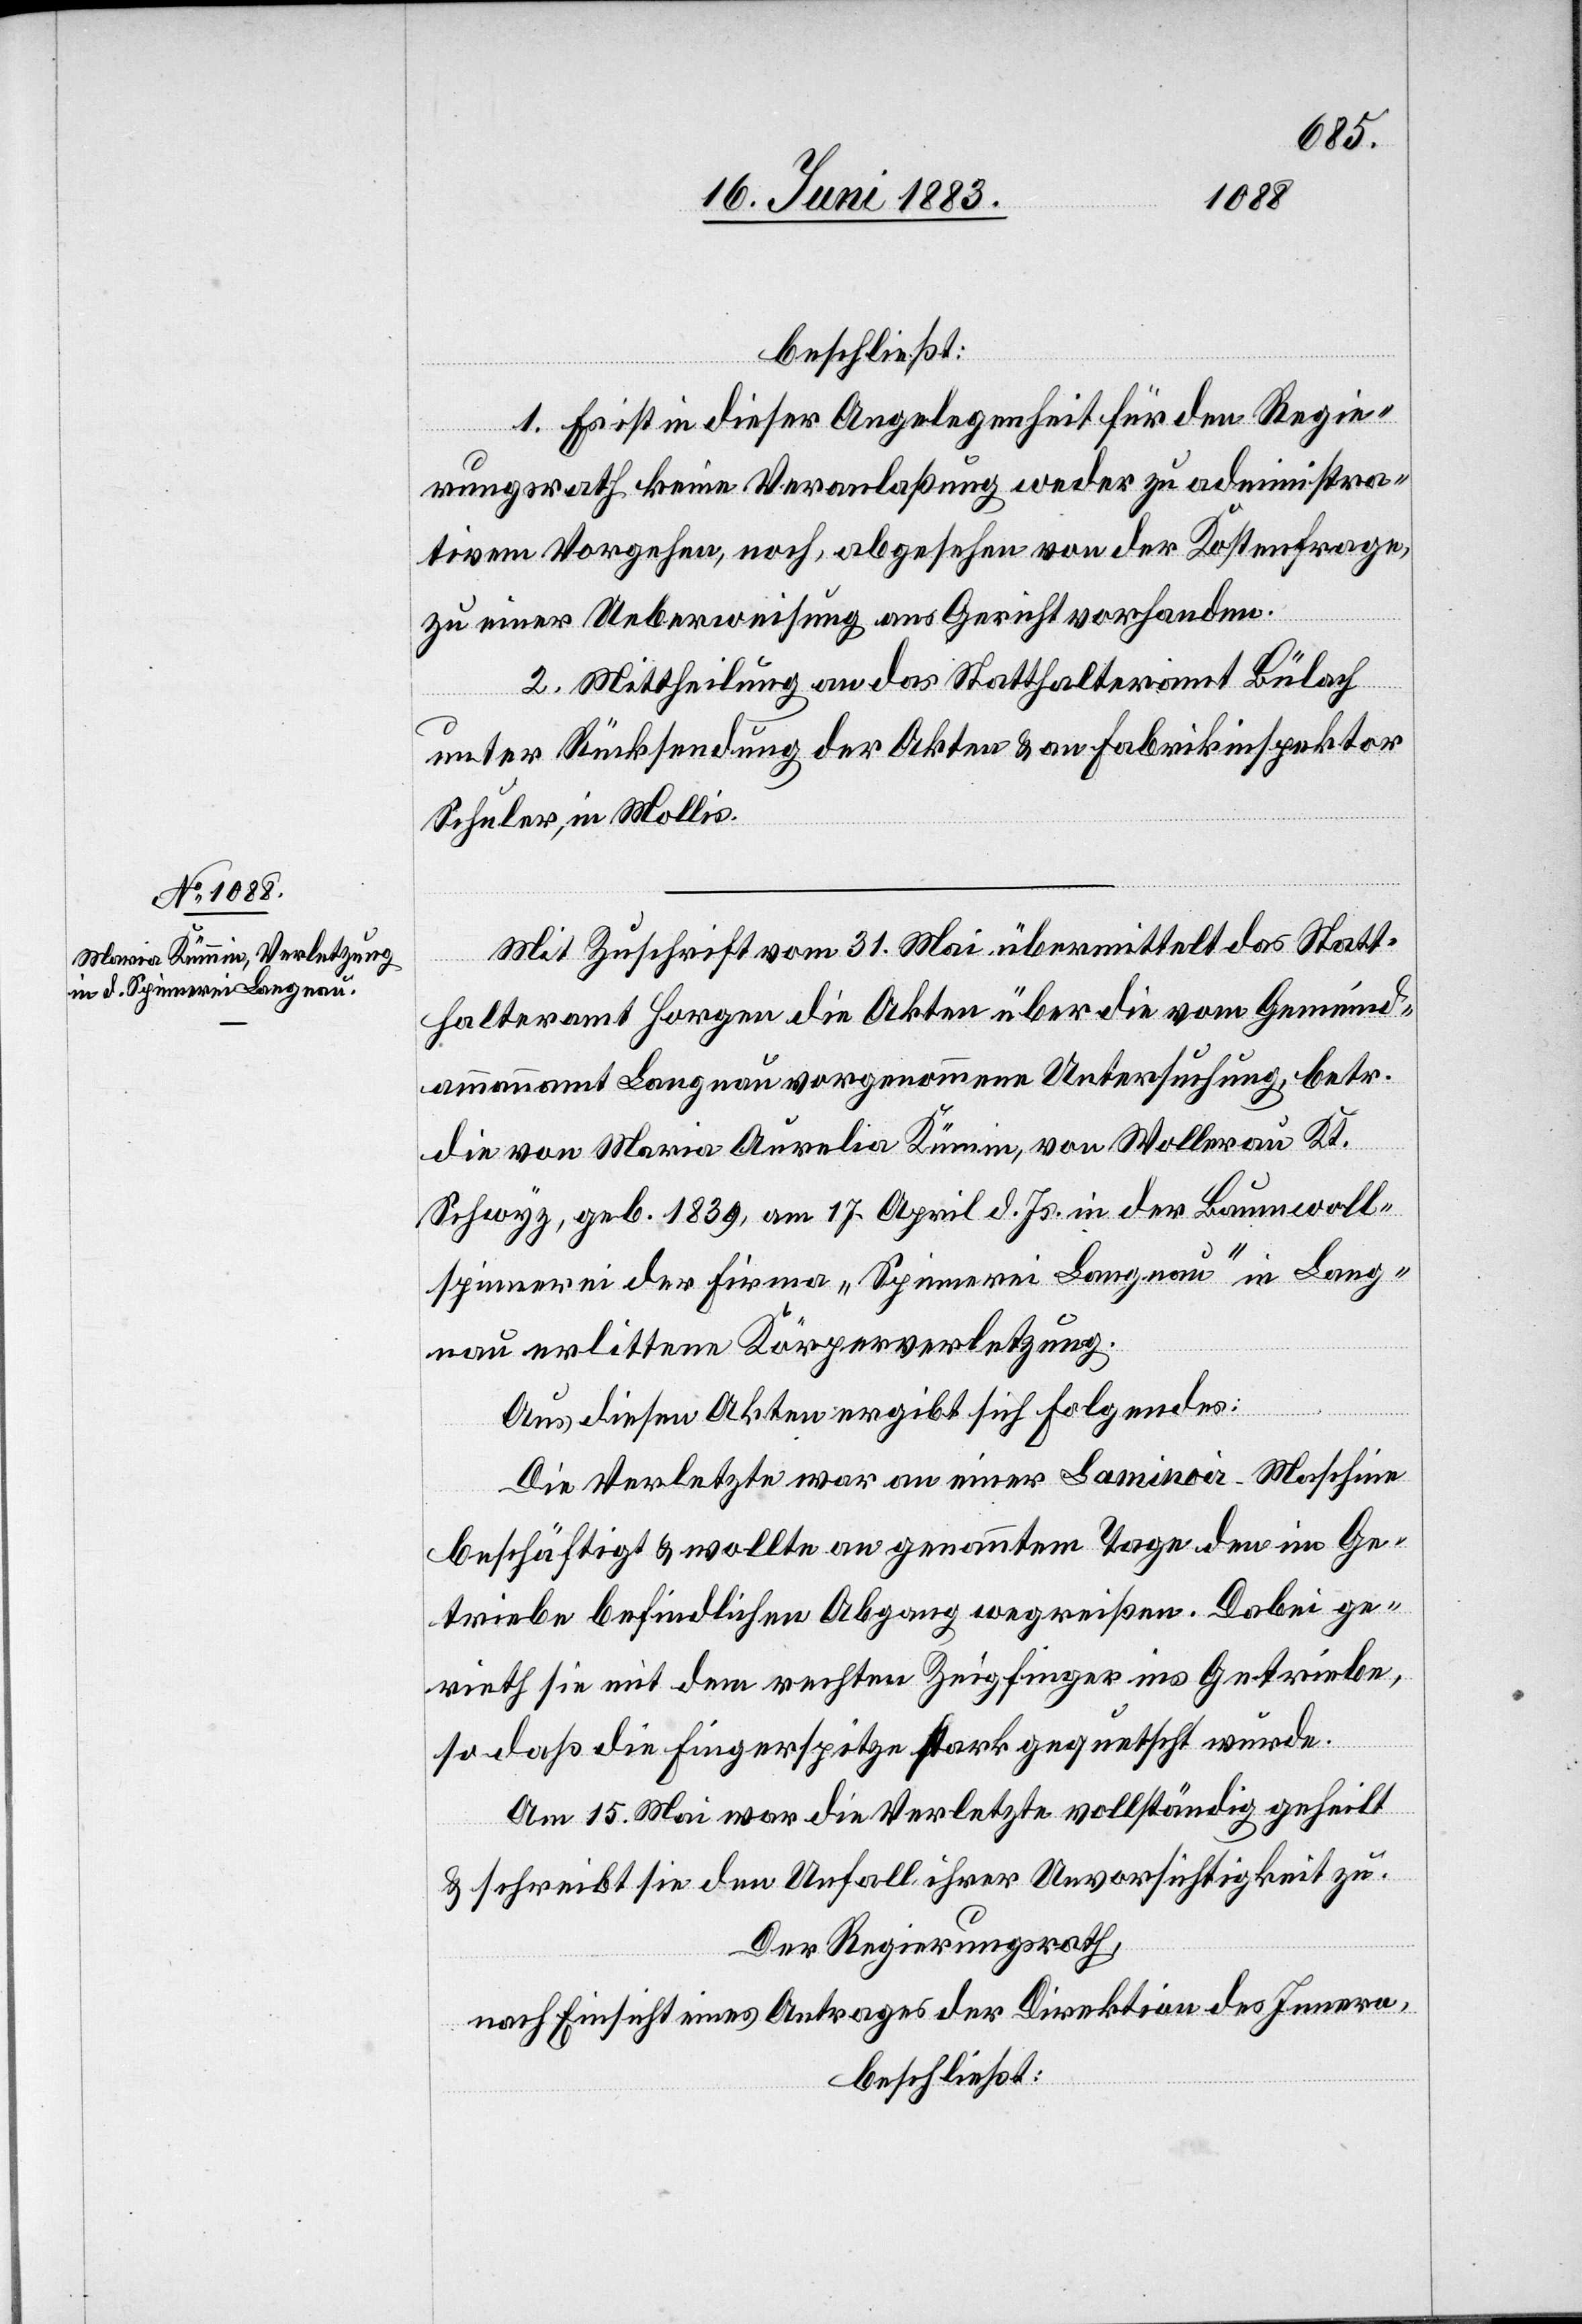
beschließt:
1. Es ist in dieser Angelegenheit für den Regie¬
rungsrath keine Veranlaßung weder zu administra¬
tivem Vorgehen, noch, abgesehen von der Kostenfrage,
zu einer Ueberweisung ans Gericht vorhanden.
2. Mittheilung an das Statthalteramt Bülach
unter Rücksendung der Akten & an Fabrikinspektor
Schuler, in Mollis.
Mit Zuschrift vom 31. Mai übermittelt das Statt¬
halteramt Horgen die Akten über die vom Gemeind¬
ammannamt Langnau vorgenommene Untersuchung, betr.
die von Maria Aurelia Kümin, von Wollerau Kt.
Schwyz, geb. 1839, am 17. April d. Js. in der Baumwoll¬
spinnerei der Firma „Spinnerei Langnau“ in Lang¬
nau erlittene Körperverletzung.
Aus diesen Akten ergibt sich Folgendes:
Die Verletzte war an einer Laminoir-Maschine
beschäftigt & wollte an genanntem Tage den im Ge¬
triebe befindlichen Abgang wegreißen. Dabei ge¬
rieth sie mit dem rechten Zeigfinger ins Getriebe,
so daß die Fingerspitze stark gequetscht wurde.
Am 15. Mai war die Verletzte vollständig geheilt
& schreibt sie den Unfall ihrer Unvorsichtigkeit zu.
Der Regierungsrath,
nach Einsicht eines Antrages der Direktion des Innern,
beschließt: